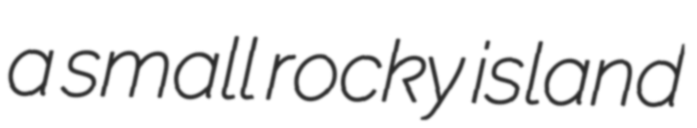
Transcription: a small rocky island